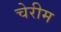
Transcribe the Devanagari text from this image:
चेरीम